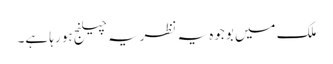
ملک میں بوجوہ یہ نظریہ چیلنج ہو رہا ہے۔